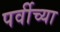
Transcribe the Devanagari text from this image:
पर्वीच्या